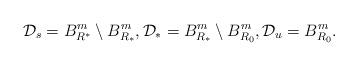
LaTeX: \begin{align*}\mathcal{D}_{s} = B_{R^{\ast}}^{m} \setminus B_{R_{\ast}}^{m}, \mathcal{D}_{\ast} = B_{R_{\ast}}^{m} \setminus B_{R_{0}}^{m}, \mathcal{D}_{u} = B_{R_{0}}^{m}.\end{align*}